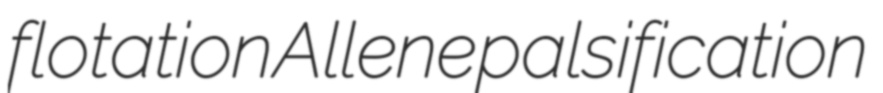
flotation Allene palsification